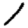
Digit: 1